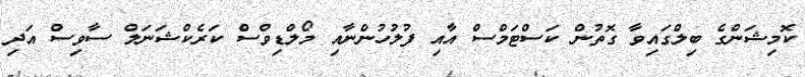
ކޮމިޝަންގެ ބިލްގައިވާ ގޮތުން ކަސްޓަމްސް އާއި ފުލުހުންނާއި މޯލްޑިވްސް ކަރެކްޝަނަލް ސާވިސް އަދި